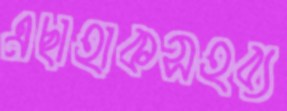
এছাহাকসহব্য